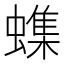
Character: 𫋝